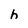
Character: h